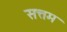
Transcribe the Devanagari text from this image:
सत्तम